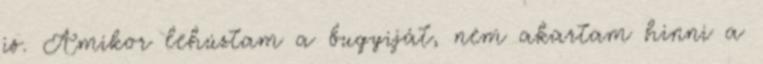
is. Amikor lehúztam a bugyiját, nem akartam hinni a